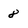
Character: 8